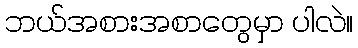
ဘယ်အစားအစာတွေမှာ ပါလဲ။